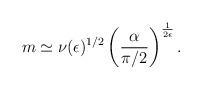
LaTeX: \begin{align*}m\simeq\nu({\epsilon})^{1/2}\left(\frac{\alpha}{\pi/2}\right)^{1\over2 \epsilon}.\end{align*}